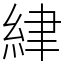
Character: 䋖